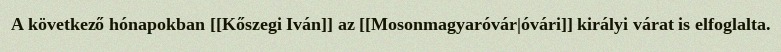
A következő hónapokban [[Kőszegi Iván]] az [[Mosonmagyaróvár|óvári]] királyi várat is elfoglalta.